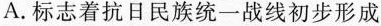
A.标志着抗日民族统一战线初步形成